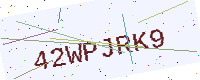
Text: 42WPJRK9